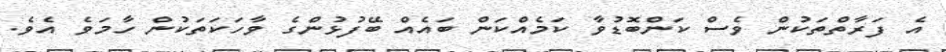
އެ ފަރާތްތަކުން ވެސް ކަންބޮޑުވާ ކަމެއްކަން ބައެއް ބޭފުޅުންގެ ވާހަކަތަކުން ހާމަވެ އެވެ.